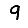
Digit: 9